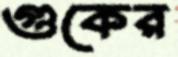
গুকের